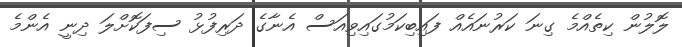
ލޮލުން ކިތެއްމެ ގިނަ ކަރުނައެއް ފައިބިކަމުގައިވިއަސް އެނާގެ ދަރިފުޅު ސިފަކޮށްލަ ދިނީ އެންމެ